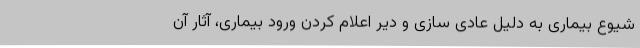
شیوع بیماری به دلیل عادی سازی و دیر اعلام کردن ورود بیماری، آثار آن